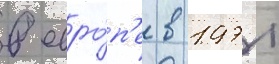
в евро́п'е в 1971